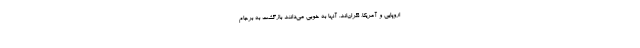
اروپایی و آمریکا، نگران‌اند. آنها به خوبی می‌دانند بازگشت به برجام